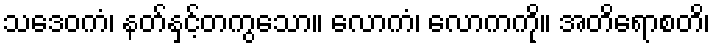
သဒေဝကံ၊ နတ်နှင့်တကွသော။ လောကံ၊ လောကကို။ အတိရောစတိ၊